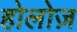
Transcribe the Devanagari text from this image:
होलोज़